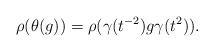
LaTeX: \begin{align*} \rho(\theta(g)) = \rho(\gamma(t^{-2}) g \gamma(t^{2})) .\end{align*}